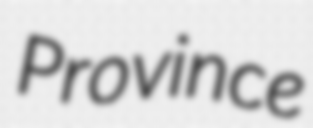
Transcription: Province